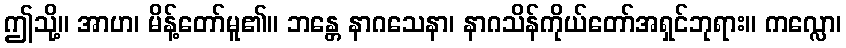
ဤသို့။ အာဟ၊ မိန့်တော်မူ၏။ ဘန္တေ နာဂသေနာ၊ နာဂသိန်ကိုယ်တော်အရှင်ဘုရား။ ကလ္လော၊